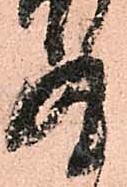
丸